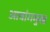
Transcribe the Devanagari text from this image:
आवांगमुख